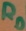
Text: RD